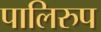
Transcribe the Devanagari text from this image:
पालिरुप